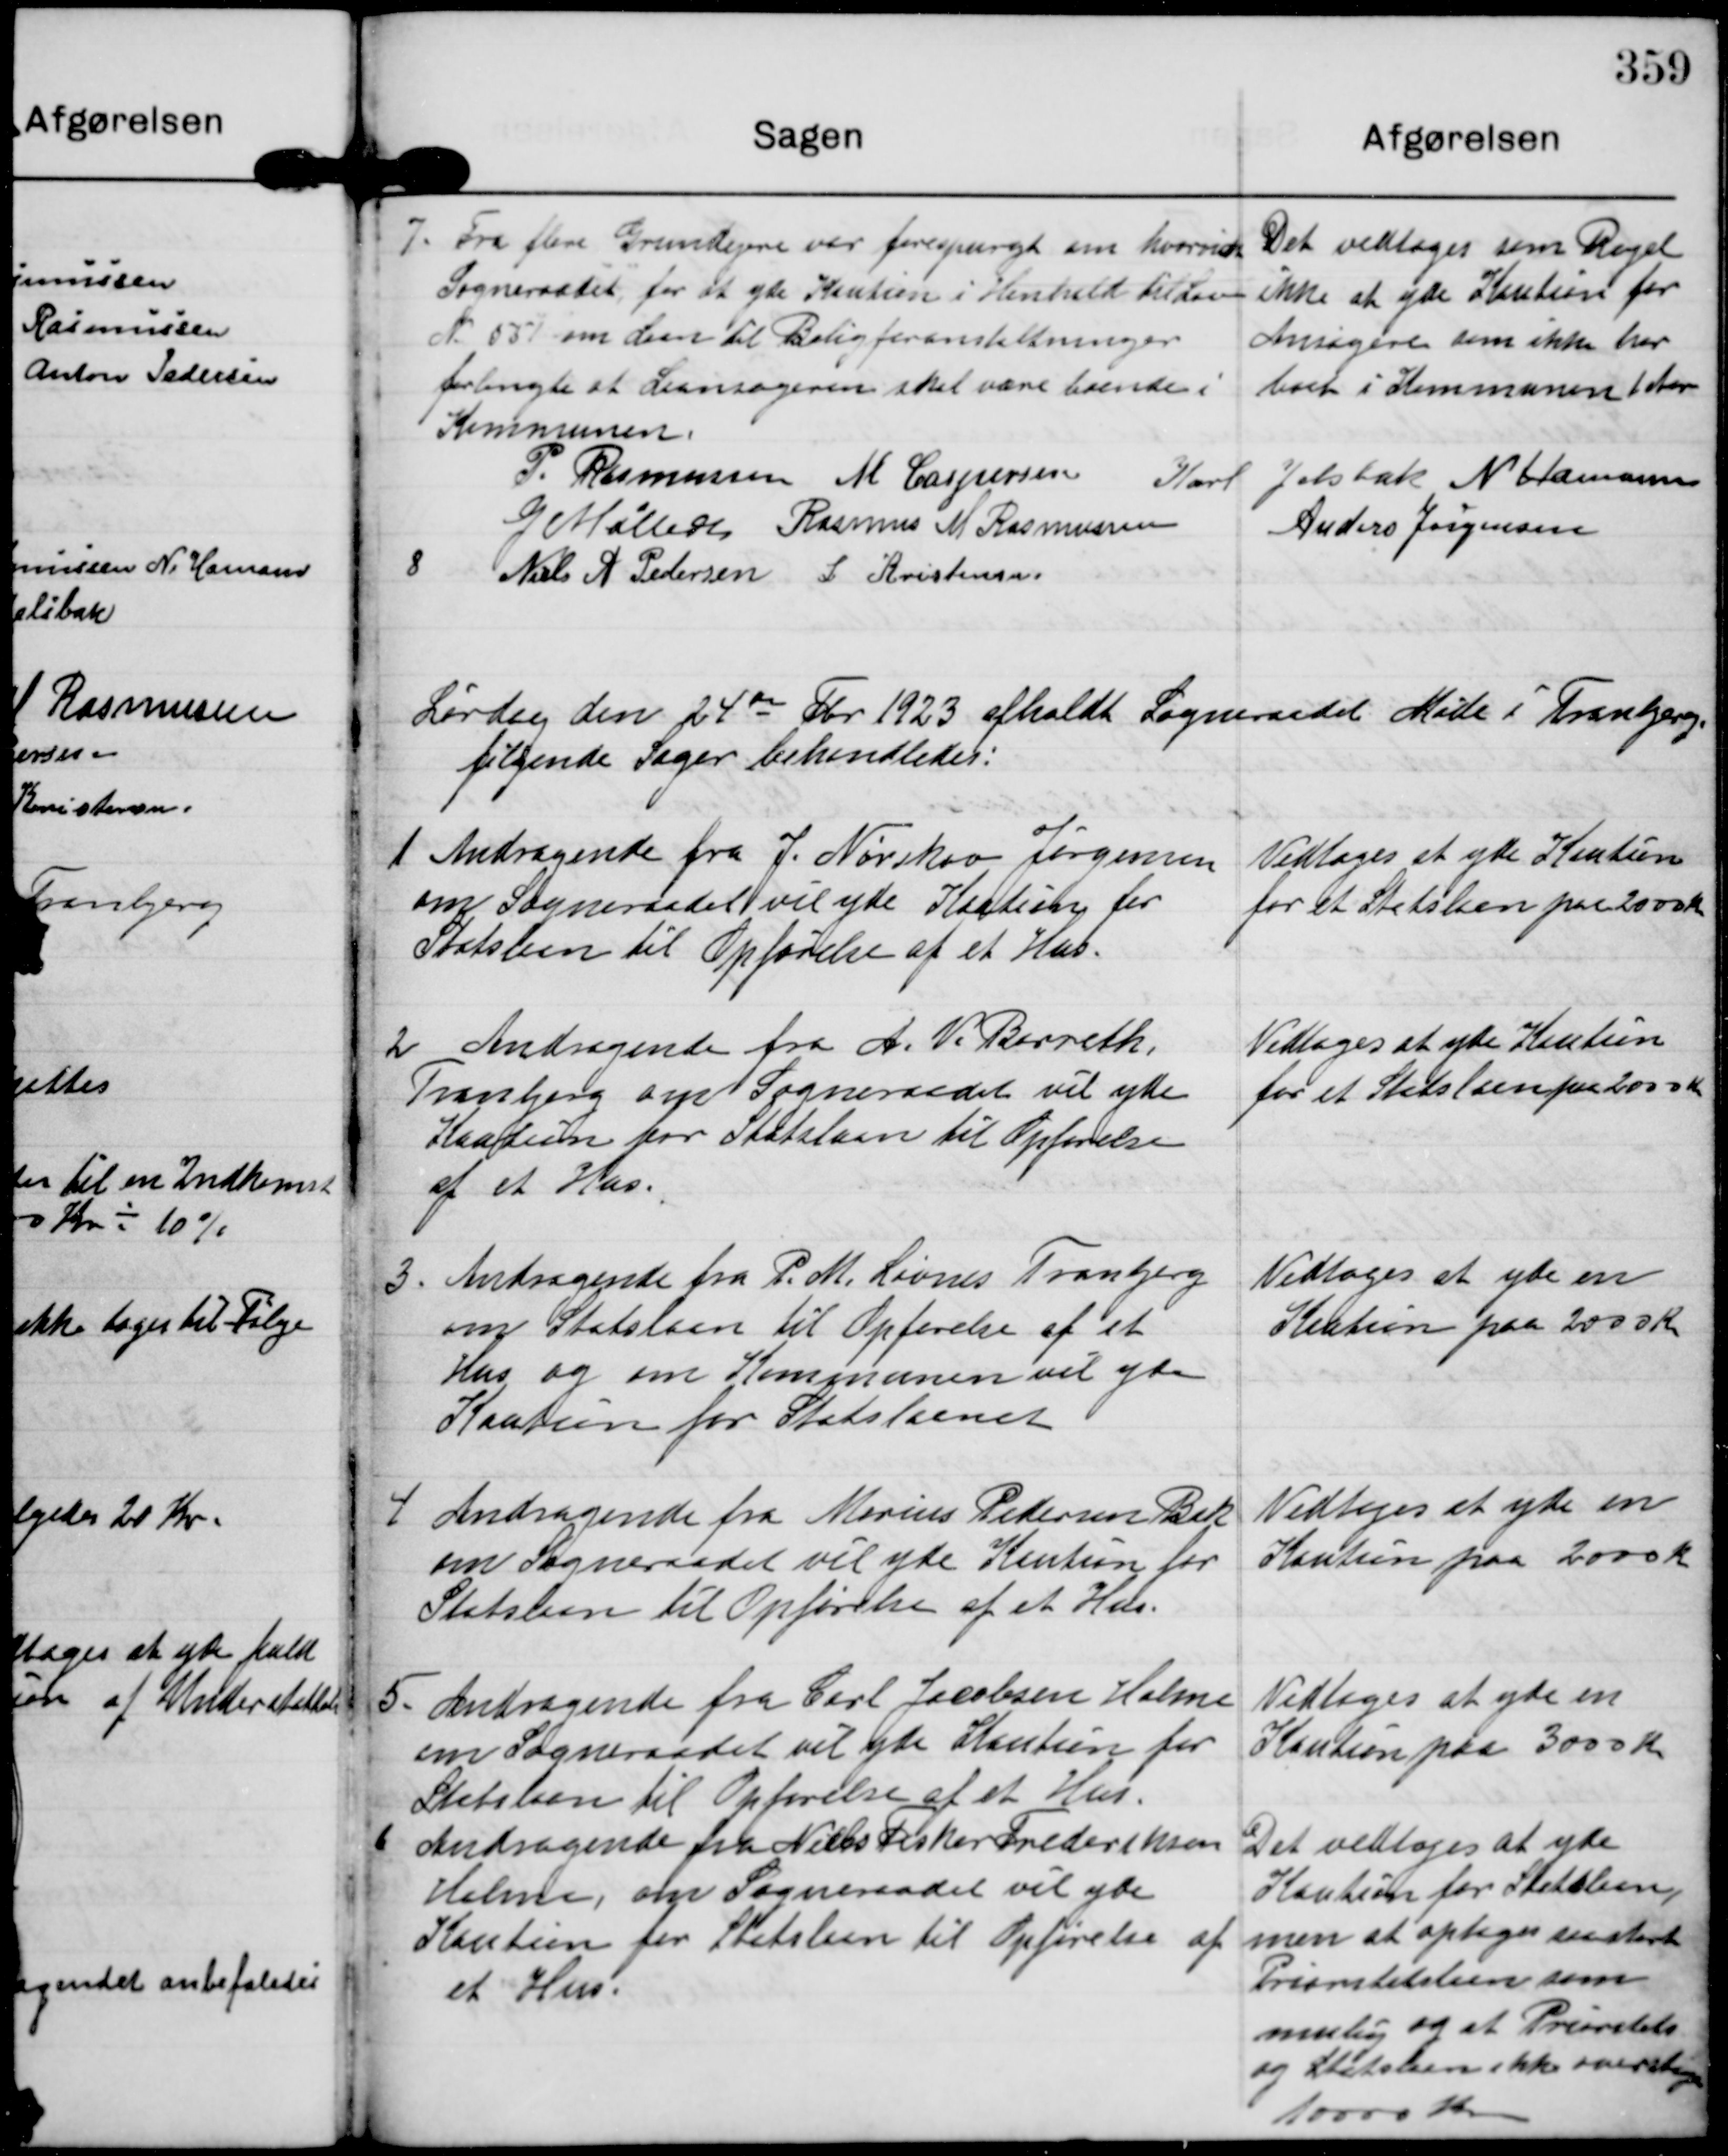
Transskription:
7. Fra flere Grundejere var forespurgt om hvorvidt
Sogneraadet, for at yde Kaution i Henhold til Lov
N. 557 om den til Boligforanstaltninger
forbrugte at Laansøgeren skal være boende i
Kommunen.

Det vedtoges som Regel
ikke at yde Kaution for
Ansøgere som ikke har
boet i Kommunen 1 Aar

8
P. Rasmussen M Caspersen Karl Jelsbak N Hamann
G Møller Rasmus M Rasmussen
Anders Jørgensen
Niels A Pedersen L Kristensen

Lørdag den 24de Fbr 1923 afholdt Sogneraadet Møde i Tranbjerg.
følgende Sager behandledes:

1 Andragende fra J. Nørskov Jørgensen
om Sogneraadet vil yde Kaution for
Statslaan til Opførelse af et Hus.

Vedtoges at yde Kaution
for et Statslaan paa 2000 Kr

2 Andragende fra A. V. Barreth.
Tranbjerg om Sogneraadet vil yde
Kaution for Statslaan til Opførelse
af et Hus.

Vedtoges at yde Kaution
for et Statslaan paa 2000 Kr

3. Andragende fra P. M. Livnes Tranbjerg
om Statslaan til Opførelse af et
Hus og om Kommunen vil yde
Kaution for Statslaanet

Vedtoges at yde en
Kaution paa 2000 Kr

4 Andragende fra Marius Petersen Bak
om Sogneraadet vil yde Kaution for
Statslaan til Opførelse af et Hus.

Vedtoges at yde en
Kaution paa 2000 Kr

5. Andragende fra Carl Jacobsen Holme
om Sogneraadet vil yde Kaution for
Statslaan til Opførelse af et Hus.

Vedtoges at yde en
Kaution paa 3000 Kr

6 Andragende fra Niels Fisker Frederiksen
Holme, om Sogneraadet vil yde
Kaution for Statslaan til Opførelse af
et Hus.

Det vedtoges at yde
Kaution for Staatslaan,
men at optage saa stort 
Prioritetslaan som
mulig og at Prioritets-
og Statslaan ikke overstiger
10000 Kr.